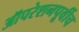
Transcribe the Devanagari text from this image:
ऑपरेशनपूर्वीच